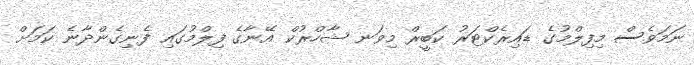
ނަމަވެސް މިފިލްމުގެ ޑައިރެކްޓަރު ކަބީރް މިވަނ ޝާހްރުކް އޭނާގެ ފިލްމުގައި ފެނިގެންދާނެ ކަމަށް